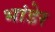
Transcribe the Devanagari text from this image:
भांडेर